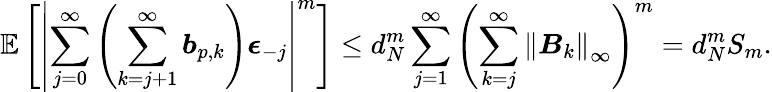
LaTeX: \mathbb{E}\left[\left\lvert\sum_{j=0}^{\infty}\left(\sum_{k=j+1}^{\infty}\boldsymbol{b}_{p,k}\right)\boldsymbol{\epsilon}_{-j}\right\rvert^{m}\right]\leq d_{N}^{m}\sum_{j=1}^{\infty}\left(\sum_{k=j}^{\infty}\left\lVert\boldsymbol{B}_{k}\right\rVert_{\infty}\right)^{m}=d_{N}^{m}S_{m}.